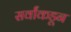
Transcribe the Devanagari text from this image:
सर्वांकडून